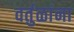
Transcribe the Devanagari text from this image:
वर्तुळांना